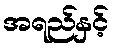
အရည်နှင့်